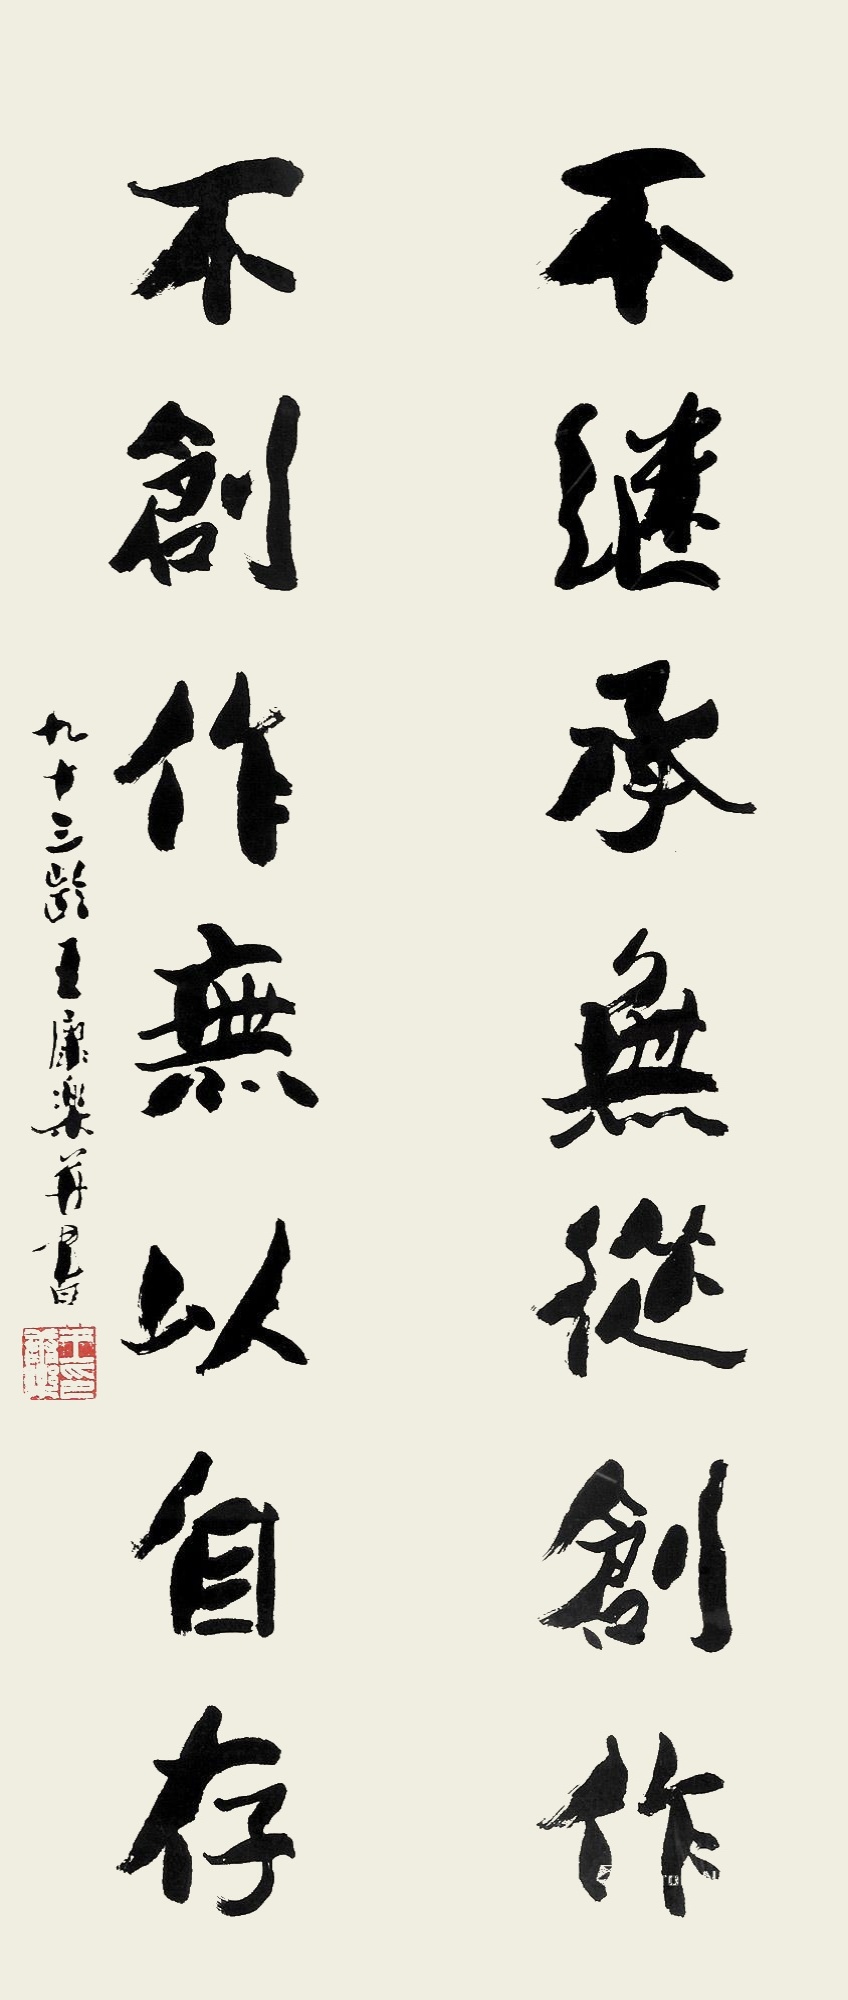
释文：不继承无从创新，不创作无以自存。九十三龄王康乐并书。